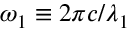
\omega _ { 1 } \equiv 2 \pi c / \lambda _ { 1 }